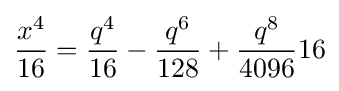
{\frac {x^{4}}{16}}={\frac {q^{4}}{16}}-{\frac {q^{6}}{128}}+{\frac {q^{8}}{4096}}{16}